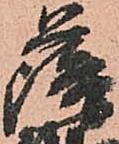
薩